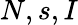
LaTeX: N,s,I